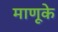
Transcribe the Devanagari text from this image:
माणूके